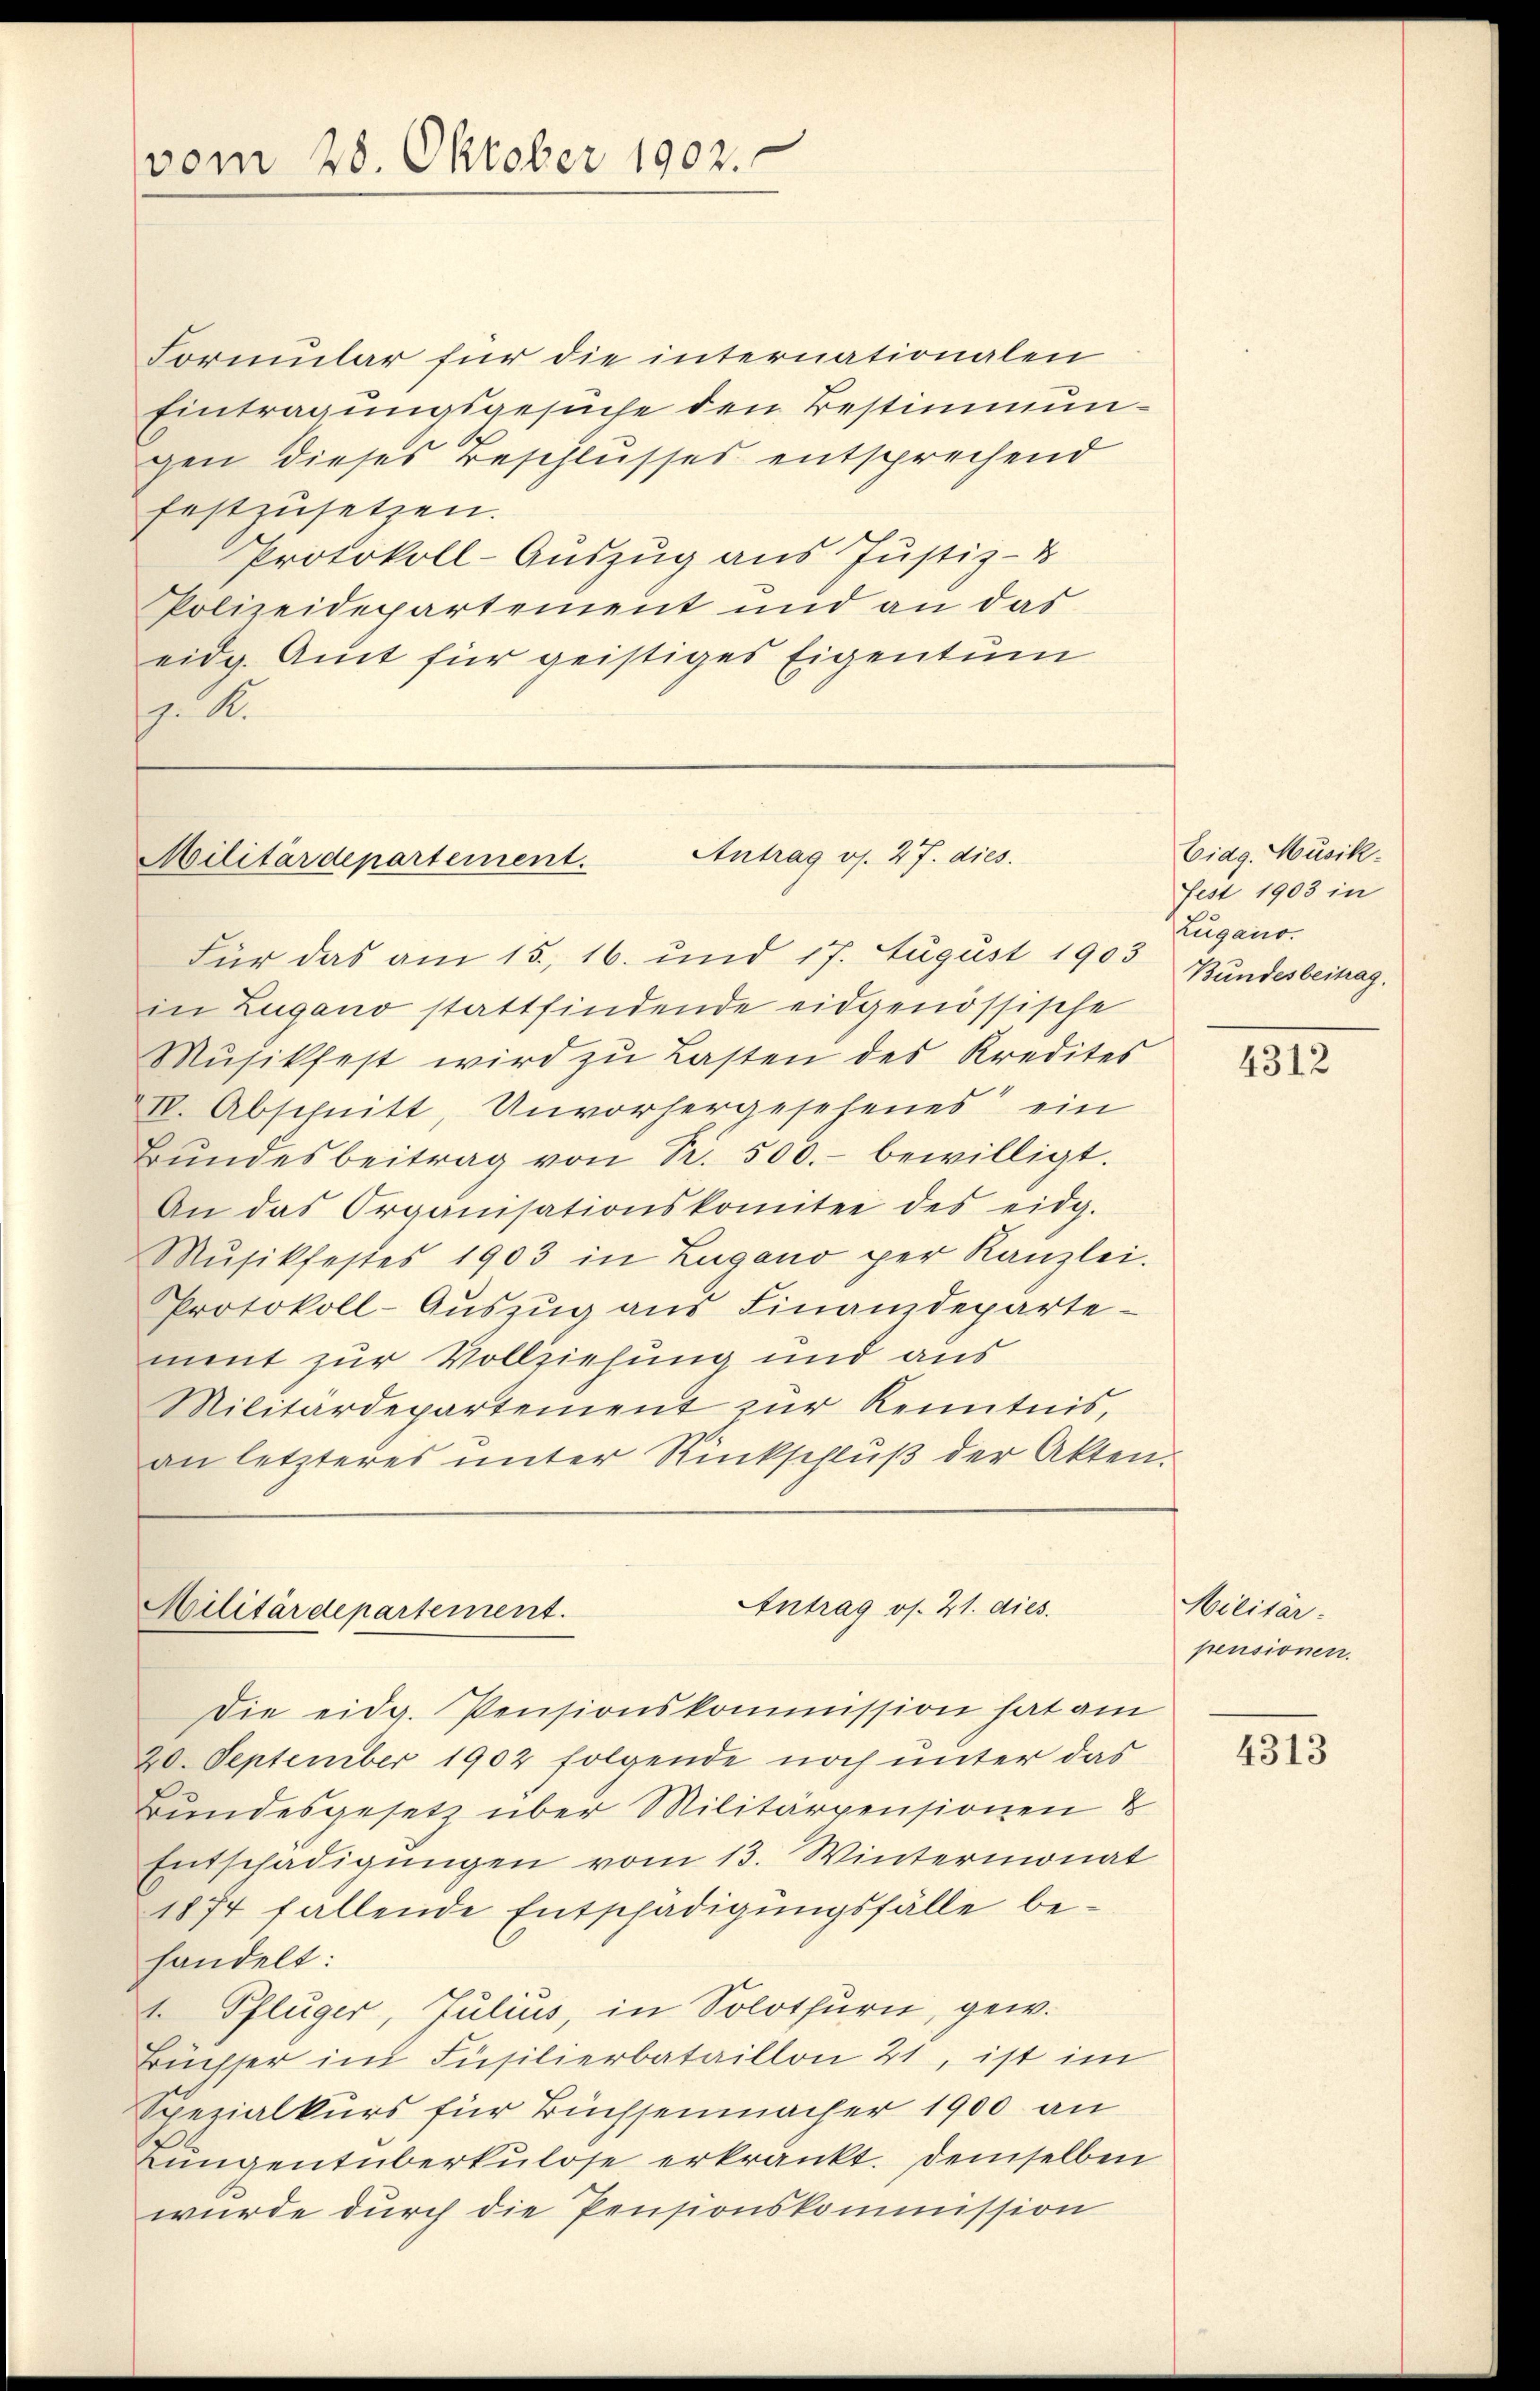
vom 28. Oktober 1902.

Formular für die internationalen
Eintragungsgesuche den Bestimmungen dieses Beschlusses entsprechend
festzusetzen.
Protokoll-Auszug aus Justiz- &
Polizeidepartement und an das
eidg. Amt für geistiges Eigentum
. A.

Antrag os. 27. dies
Militärdepartement.

Für das am 15., 16. und 17. August 1903
in Zugano stattfindende eidgenössische
Mŭsikfest wird zŭ Lasten des Kredites
I. Abschnitt, Unvorhergesehenes ein
Bŭndesbeitrag von S. 500.- bewilligt.
An das Organisationskomitee des eidg.
Musikfestes 1903 in Zugano per Kanzlei.
Protokoll-Aŭszŭg ans Finanzdeparte
ment zur Vollziehung und aus
Militärdepartement zur Kenntnis,
an letzteres unter Rückschlŭβ der Akten.

Militärdepartement.

Antrag os. 21. dies

Die eidg. Pensionskommission hat am
20. September 1902 folgende noch unter das
Bundesgesetz über Militärpensionen &
Entschädigungen vom 13. Wintermonat
1874 fallende Entschädigŭngsfälle be-
handelt:
t Pflüger, Julius, in Solothurn, gew.
Büchser im Füsilierbataillon 21, ist im
Spezialkurs für Büchsenmacher 1900 an
Lungentüberkulose erkrankt. Demselben
wurde durch die Pensionskommission

Eidg. Musik-
Fest 1903 in
Zugano.
Bundesbeitrag.

4312

Militär.
pensionen.

4313